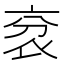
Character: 𧘠